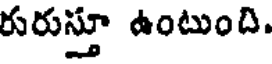
రురుస్తూ ఉంటుంది.